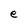
Character: e